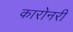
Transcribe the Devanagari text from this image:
कारोनरी